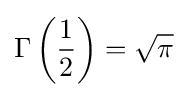
\Gamma \left({\frac {1}{2}}\right)={\sqrt {\pi }}